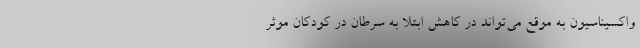
واکسیناسیون به موقع می‌تواند در کاهش ابتلا به سرطان در کودکان موثر